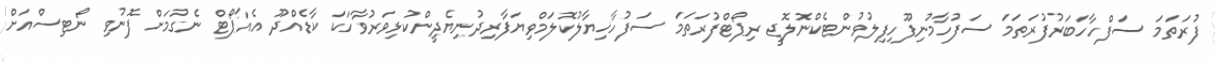
ފުރަތަމަ ސަފްހާހަބަރުފުރަތަމަ ސަފުހާމުނިފޫހިފިލުވުންޓެކްނޮލޮޖީ ރިޕޯޓްފުރަތަމަ ސަފުހާޚިޔާލުކޮލަމްވިޔަފާރިދުނިޔެދީންކުޅިވަރުވާހަކަ ކާޑެއްދޫ އެއާޕޯޓް ނެގުމަށް ފޮނުވި ނޯޓިސްއަށް